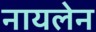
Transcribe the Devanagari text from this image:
नायलेन